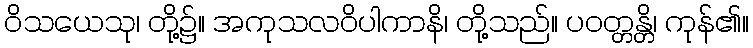
ဝိသယေသု၊ တို့၌။ အကုသလဝိပါကာနိ၊ တို့သည်။ ပဝတ္တန္တိ၊ ကုန်၏။